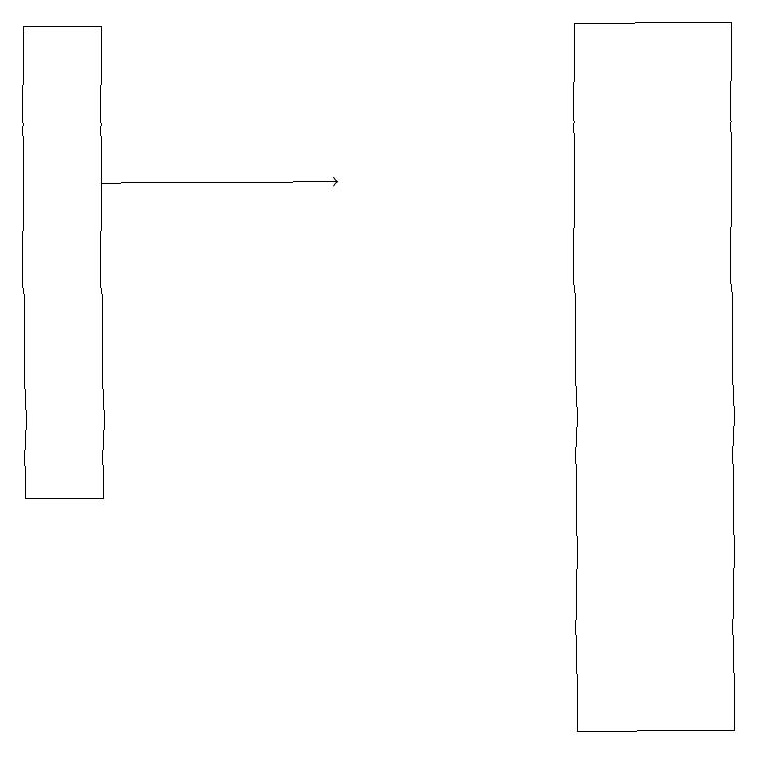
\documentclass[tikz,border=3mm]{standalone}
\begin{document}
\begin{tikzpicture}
\draw[->] (1,17) -- (4,17);
\draw (9,10) rectangle (7,19);
\draw (0,19) rectangle (1,13);
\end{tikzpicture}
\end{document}